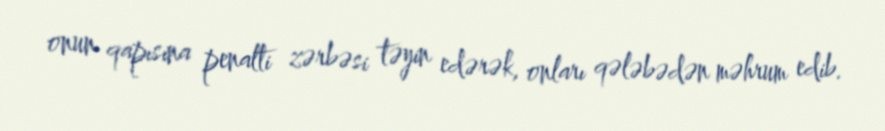
onun qapısına penalti zərbəsi təyin edərək, onları qələbədən məhrum edib.